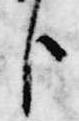
臣